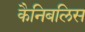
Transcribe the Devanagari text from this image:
कैनिबलिस